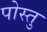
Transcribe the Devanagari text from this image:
पोस्तु